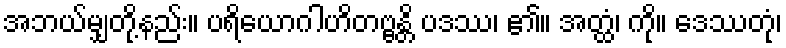
အဘယ်မျှတို့နည်း။ ပရိယောဂါဟိတဗ္ဗန္တိ ပဒဿ၊ ၏။ အတ္ထံ၊ ကို။ ဒေဿတုံ၊